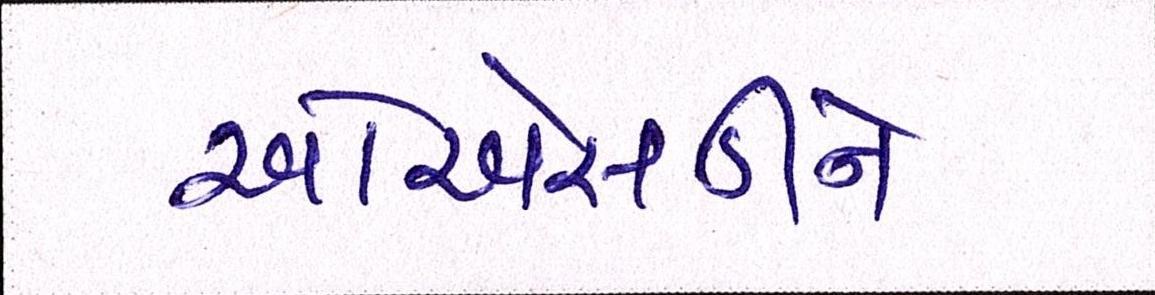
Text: ઓએસડીને